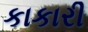
કાકારી